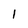
Character: 1